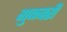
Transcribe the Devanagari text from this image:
गुळवरी